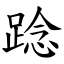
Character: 踗